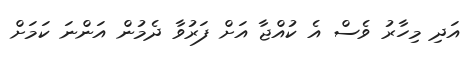
އަދި މިހާރު ވެސް އެ ކުއްޖާ އަށް ފަރުވާ ދެމުން އަންނަ ކަމަށް